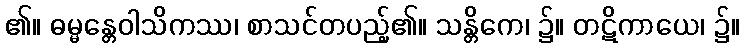
၏။ ဓမ္မန္တေဝါသိကဿ၊ စာသင်တပည့်၏။ သန္တိကေ၊ ၌။ တဋိကာယေ၊ ၌။